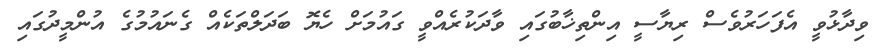
ވިދާޅުވީ އެފަހަރުވެސް ރިޔާސީ އިންތިޚާބުގައި ވާދަކުރެއްވީ ގައުމަށް ހެޔޮ ބަދަލްތަކެއް ގެނައުމުގެ އުންމީދުގައި